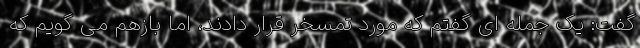
گفت: یک جمله ای گفتم که مورد تمسخر قرار دادند، اما بازهم می گویم که